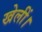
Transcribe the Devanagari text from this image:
खेलीं।